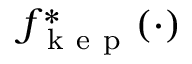
f _ { \mathrm { ~ k ~ e ~ p ~ } } ^ { * } ( \cdot )